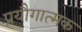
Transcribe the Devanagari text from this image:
प्रयौगात्मक